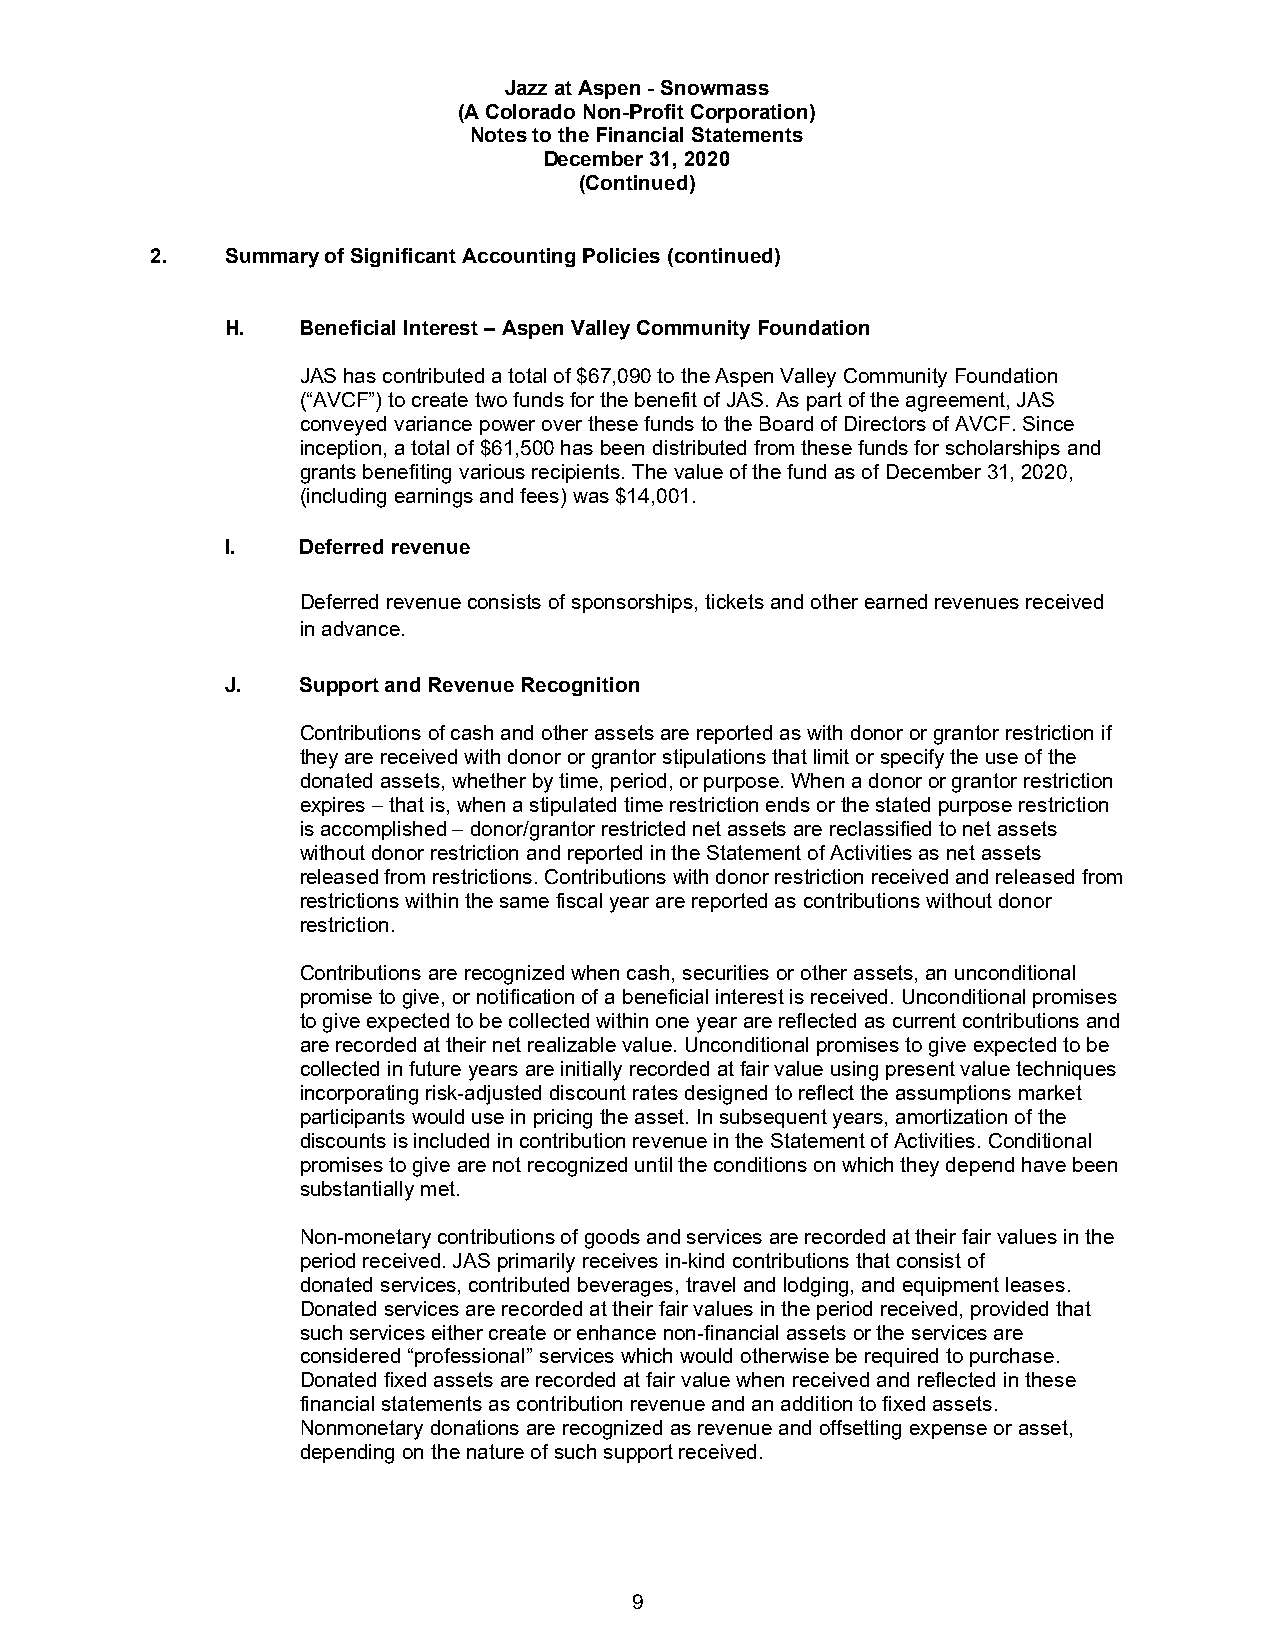
Jazz at Aspen - Snowmass
 (A Colorado Non-Profit Corporation)
 Notes to the Financial Statements
 December 31, 2020
 (Continued)
 2.   Summary of Significant Accounting Policies (continued)
 H.   Beneficial Interest – Aspen Valley Community Foundation
 JAS has contributed a total of $67,090 to the Aspen Valley Community Foundation
 (“AVCF”) to create two funds for the benefit of JAS. As part of the agreement, JAS
 conveyed variance power over these funds to the Board of Directors of AVCF. Since
 inception, a total of $61,500 has been distributed from these funds for scholarships and
 grants benefiting various recipients. The value of the fund as of December 31, 2020,
 (including earnings and fees) was $14,001.
 I.   Deferred revenue
 Deferred revenue consists of sponsorships, tickets and other earned revenues received
 in advance.
 J.   Support and Revenue Recognition
 Contributions of cash and other assets are reported as with donor or grantor restriction if
 they are received with donor or grantor stipulations that limit or specify the use of the
 donated assets, whether by time, period, or purpose. When a donor or grantor restriction
 expires – that is, when a stipulated time restriction ends or the stated purpose restriction
 is accomplished – donor/grantor restricted net assets are reclassified to net assets
 without donor restriction and reported in the Statement of Activities as net assets
 released from restrictions. Contributions with donor restriction received and released from
 restrictions within the same fiscal year are reported as contributions without donor
 restriction.
 Contributions are recognized when cash, securities or other assets, an unconditional
 promise to give, or notification of a beneficial interest is received. Unconditional promises
 to give expected to be collected within one year are reflected as current contributions and
 are recorded at their net realizable value. Unconditional promises to give expected to be
 collected in future years are initially recorded at fair value using present value techniques
 incorporating risk-adjusted discount rates designed to reflect the assumptions market
 participants would use in pricing the asset. In subsequent years, amortization of the
 discounts is included in contribution revenue in the Statement of Activities. Conditional
 promises to give are not recognized until the conditions on which they depend have been
 substantially met.
 Non-monetary contributions of goods and services are recorded at their fair values in the
 period received. JAS primarily receives in-kind contributions that consist of
 donated services, contributed beverages, travel and lodging, and equipment leases.
 Donated services are recorded at their fair values in the period received, provided that
 such services either create or enhance non-financial assets or the services are
 considered “professional” services which would otherwise be required to purchase.
 Donated fixed assets are recorded at fair value when received and reflected in these
 financial statements as contribution revenue and an addition to fixed assets.
 Nonmonetary donations are recognized as revenue and offsetting expense or asset,
 depending on the nature of such support received.
 9